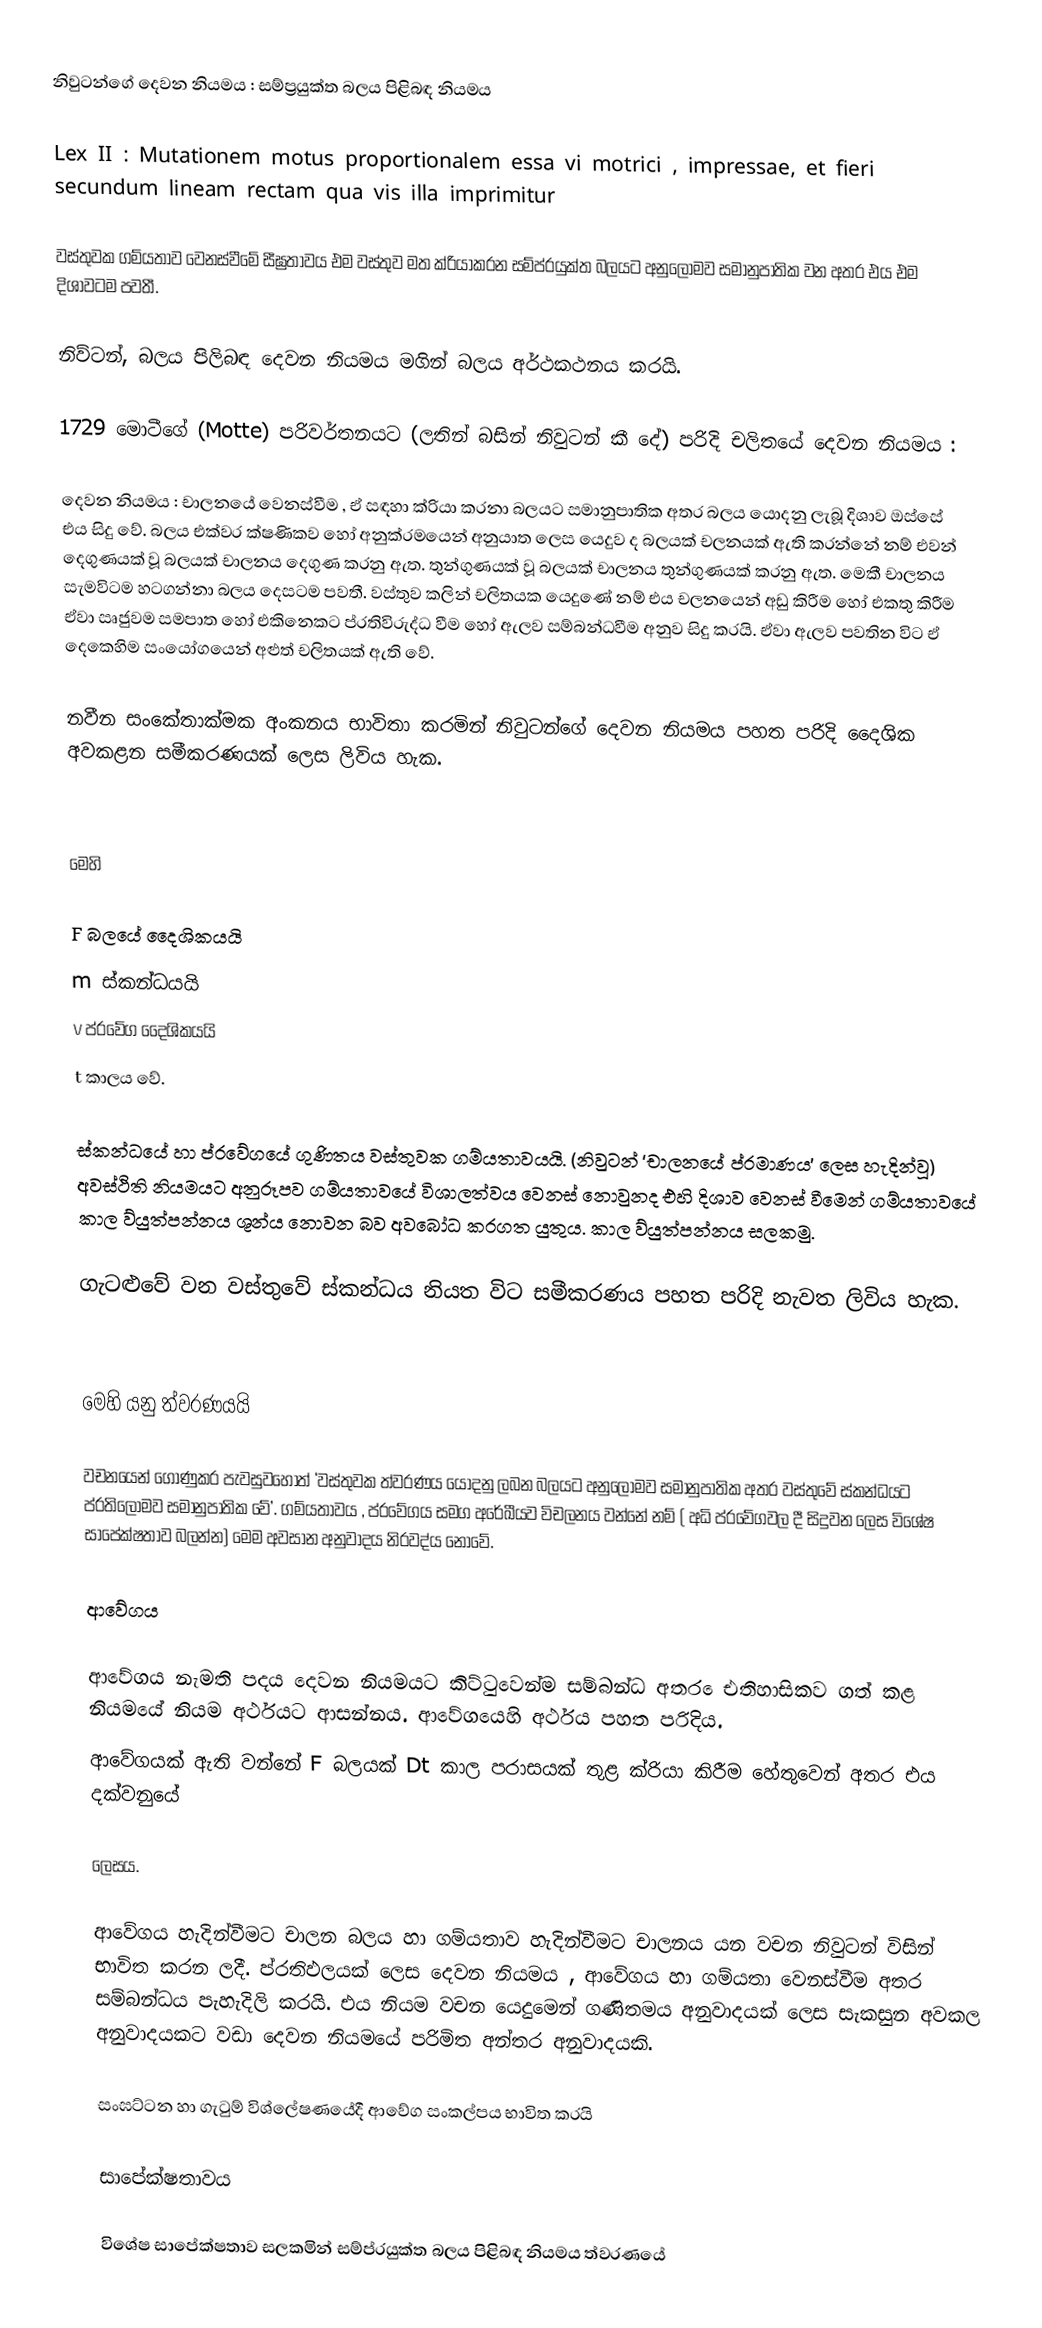
නිවුටන්ගේ දෙවන නියමය	:     සම්ප්‍රයුක්ත බලය පිළිබඳ නියමය

Lex II  : Mutationem motus proportionalem essa vi motrici , impressae, et fieri secundum lineam  rectam qua vis illa imprimitur

වස්තුවක ගම්යතාව වෙනස්වීමේ සීඝ්‍රතාවය එම වස්තුව මත ක්රියාකරන සම්ප්රයුක්ත බලයට අනුලෝමව සමානුපාතික වන අතර එය එම දිශාවටම පවතී.

නිව්ටන්, බලය පිලිබඳ දෙවන නියමය මගින් බලය අර්ථකථනය කරයි.

1729 මොටීගේ (Motte)  පරිවර්තනයට (ලතින් බසින් නිවුටන් කී දේ) පරිදි චලිතයේ දෙවන නියමය :

දෙවන නියමය	:	චාලනයේ වෙනස්වීම , ඒ සඳහා ක්රියා කරනා බලයට සමානුපාතික අතර බලය යොදනු ලැබූ දිශාව ඔස්සේ එය සිදු වේ. බලය එක්වර ක්ෂණිකව හෝ අනුක්රමයෙන් අනුයාත ලෙස යෙදුව ද බලයක් චලනයක් ඇති කරන්නේ නම් එවන් දෙගුණයක් වූ බලයක් චාලනය දෙගුණ කරනු ඇත. තුන්ගුණයක් වූ බලයක් චාලනය තුන්ගුණයක් කරනු  ඇත. මෙකී චාලනය සැමවිටම හටගන්නා බලය දෙසටම පවතී. වස්තුව කලින් චලිතයක යෙදුණේ නම් එය චලනයෙන් අඩු කිරීම හෝ එකතු කිරීම ඒවා සෘජුවම සමපාත හෝ එකිනෙකට ප්රතිවිරුද්ධ වීම හෝ ඇලව සම්බන්ධවීම අනුව සිදු කරයි. ඒවා ඇලව පවතින විට ඒ දෙකෙහිම සංයෝගයෙන් අළුත් චලිතයක් ඇති වේ.

නවීන සංකේතාක්මක අංකනය භාවිතා කරමින් නිවුටන්ගේ දෙවන නියමය පහත පරිදි දෛශික අවකළන සමීකරණයක් ලෙස ලිවිය හැක.

මෙහි

F	බලයේ දෛශිකයයි
m	ස්කන්ධයයි
v	ප්රවේග දෛශිකයයි
t	කාලය වේ.

ස්කන්ධයේ හා ප්රවේගයේ ගුණිතය වස්තුවක ගම්යතාවයයි. (නිවුටන් ‘චාලනයේ ප්රමාණය’ ලෙස හැදින්වූ) අවස්ථිති නියමයට අනුරූපව ගම්යතාවයේ විශාලත්වය වෙනස් නොවුනද එහි දිශාව වෙනස් වීමෙන් ගම්යතාවයේ කාල ව්යුත්පන්නය ශූන්ය නොවන බව අවබෝධ කරගත යුතුය. කාල ව්යුත්පන්නය සලකමු.

ගැටළුවේ වන වස්තුවේ ස්කන්ධය නියත විට සමීකරණය පහත පරිදි නැවත ලිවිය හැක.

මෙහි 	 	යනු ත්වරණයයි

වචනයෙන් ගොණුකර පැවසුවහොත් ‘වස්තුවක ත්වරණය යොදනු ලබන බලයට අනුලෝමව සමානුපාතික අතර වස්තුවේ ස්කන්ධයට ප්රතිලෝමව සමානුපාතික වේ’. ගම්යතාවය , ප්රවේගය සමග අරේඛීයව විචලනය වන්නේ නම් ( අධි ප්රවේගවල දී සිදුවන ලෙස  විශේෂ සාපේක්ෂතාව බලන්න) මෙම අවසාන අනුවාදය නිරවද්ය නොවේ.

ආවේගය

ආවේගය නැමති පදය දෙවන නියමයට කිට්ටුවෙන්ම සම්බන්ධ අතර ෙඑතිහාසිකව ගත් කළ නියමයේ නියම අර්ථයට ආසන්නය. ආවේගයෙහි අර්ථය පහත පරිදිය.
ආවේගයක් ඇති වන්නේ F  බලයක් Dt  කාල පරාසයක් තුළ ක්රියා කිරීම හේතුවෙන් අතර එය දක්වනුයේ

	 	    ලෙසය.

ආවේගය හැදින්වීමට චාලන බලය හා ගම්යතාව හැදින්වීමට චාලනය යන වචන නිවුටන් විසින් භාවිත කරන ලදී. ප්රතිඵලයක් ලෙස දෙවන නියමය , ආවේගය හා ගම්යතා වෙනස්වීම අතර සම්බන්ධය පැහැදිලි කරයි. එය නියම වචන යෙදුමෙන් ගණිතමය අනුවාදයක් ලෙස සැකසුන අවකල අනුවාදයකට වඩා දෙවන නියමයේ පරිමිත අන්තර අනුවාදයකි.

සංඝට්ටන හා ගැටුම් විශ්ලේෂණයේදී ආවේග සංකල්පය භාවිත කරයි

සාපේක්ෂතාවය

විශේෂ සාපේක්ෂතාව සලකමින් සම්ප්රයුක්ත බලය පිළිබඳ නියමය ත්වරණයේ